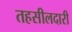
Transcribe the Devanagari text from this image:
तहसीलदारी